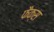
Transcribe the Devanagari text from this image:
फैक्‍स